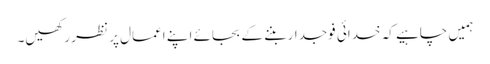
ہمیں چاہیے کہ خدائی فوجدار بننے کے بجائے اپنے اعمال پر نظر رکھیں۔